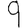
Digit: 9